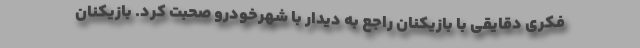
فکری دقایقی با بازیکنان راجع به دیدار با شهرخودرو صحبت کرد. بازیکنان